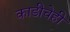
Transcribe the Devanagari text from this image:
काडीचेही